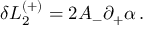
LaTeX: \delta { \cal L } _ { 2 } ^ { ( + ) } = 2 A _ { - } \partial _ { + } \alpha \, .